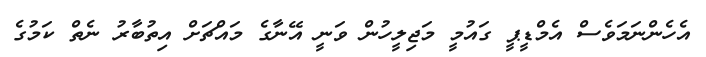
އެހެންނަމަވެސް އެމްޑީޕީ ގައުމީ މަޖިލީހުން ވަނީ އޭނާގެ މައްޗަށް އިތުބާރު ނެތް ކަމުގެ